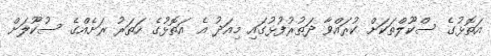
އަތޮޅުގެ ސްކޫލްތަކަށް ކުރައްވާ ދަތުރުފުޅުގައި މިއަދު އެ އަތޮޅުގެ ހަތަރު ރަށެއްގެ ސުކޫލަށް